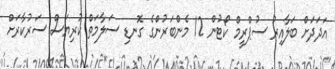
އަދަދަށް ބަލާއިރު ސުޕްރީމް ކޯޓުން 12 މެންބަރުންގެ ގޮނޑި ސަލާމަތް ކުރިޔަސް ސަރުކާރަށް